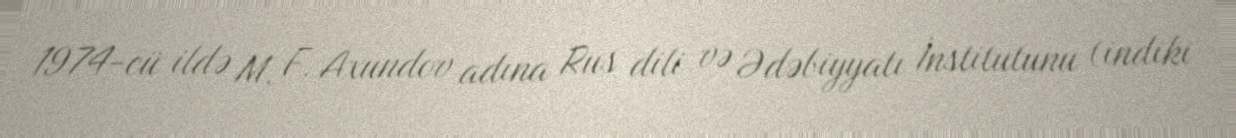
1974-cü ildə M. F. Axundov adına Rus dili və Ədəbiyyatı İnstitutunu (indiki